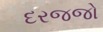
દરજજો